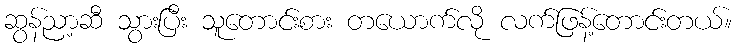
ဆွန်ညာ့ဆီ သွားပြီး သူတောင်းစား တယောက်လို လက်ဖြန့်တောင်းတယ်။